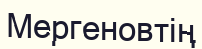
Мергеновтің